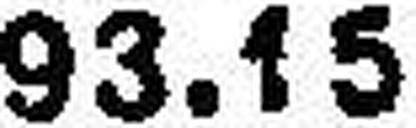
93.15